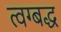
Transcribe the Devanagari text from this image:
त्वग्बद्ध